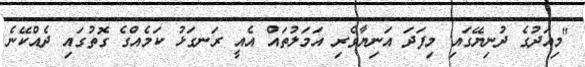
"މިއަދުގެ ދުނިޔޭގައި މިފަދަ އަނިޔާވެރި އަމަލުތައް އެއީ ރަނގަޅު ކަމެއްގެ ގޮތުގައި ދެއްކޭނެ